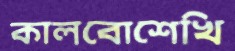
কালবোশেখি